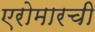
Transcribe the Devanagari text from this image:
एरोमारची